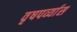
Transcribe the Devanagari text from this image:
वृषपर्व्यास